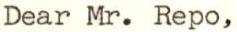
Dear Mr. Repo,